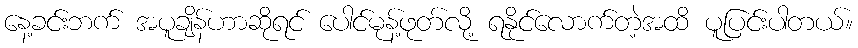
နေ့ခင်းဘက် အပူချိန်ဟာဆိုရင် ပေါင်မုန့်ဖုတ်လို့ ရနိုင်လောက်တဲ့အထိ ပူပြင်းပါတယ်။